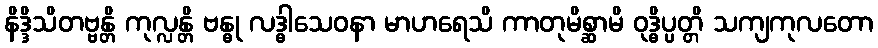
နိဒ္ဒိသိတဗ္ဗန္တိ ကုလ္လန္တိ ဗန္ဓု လဒ္ဓါသေဝနာ မာဟရေသိ ကာတုမိစ္ဆာမိ ဝုဒ္ဓိပ္ပတ္တိ သကျကုလတော